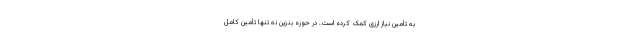
به تأمین نیاز ارزی کمک کرده است. در حوزه بنزین نه تنها تأمین کامل